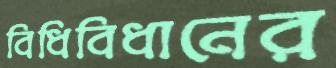
বিধিবিধানের